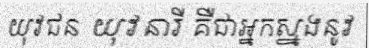
យុវជន យុវនារី គឺជាអ្នកស្នងនូវ